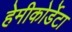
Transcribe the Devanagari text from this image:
हेमीकोर्डेटा